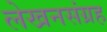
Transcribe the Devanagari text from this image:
लेखनसंग्रह